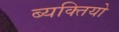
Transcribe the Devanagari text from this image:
ब्यक्तियो